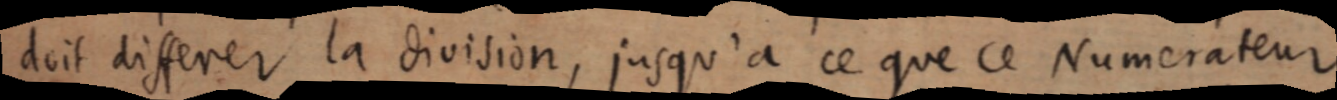
doit differer la division, jusqu’a ce que ce Numerateur